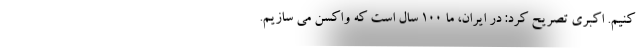
کنیم. اکبری تصریح کرد: در ایران، ما ۱۰۰ سال است که واکسن می سازیم.